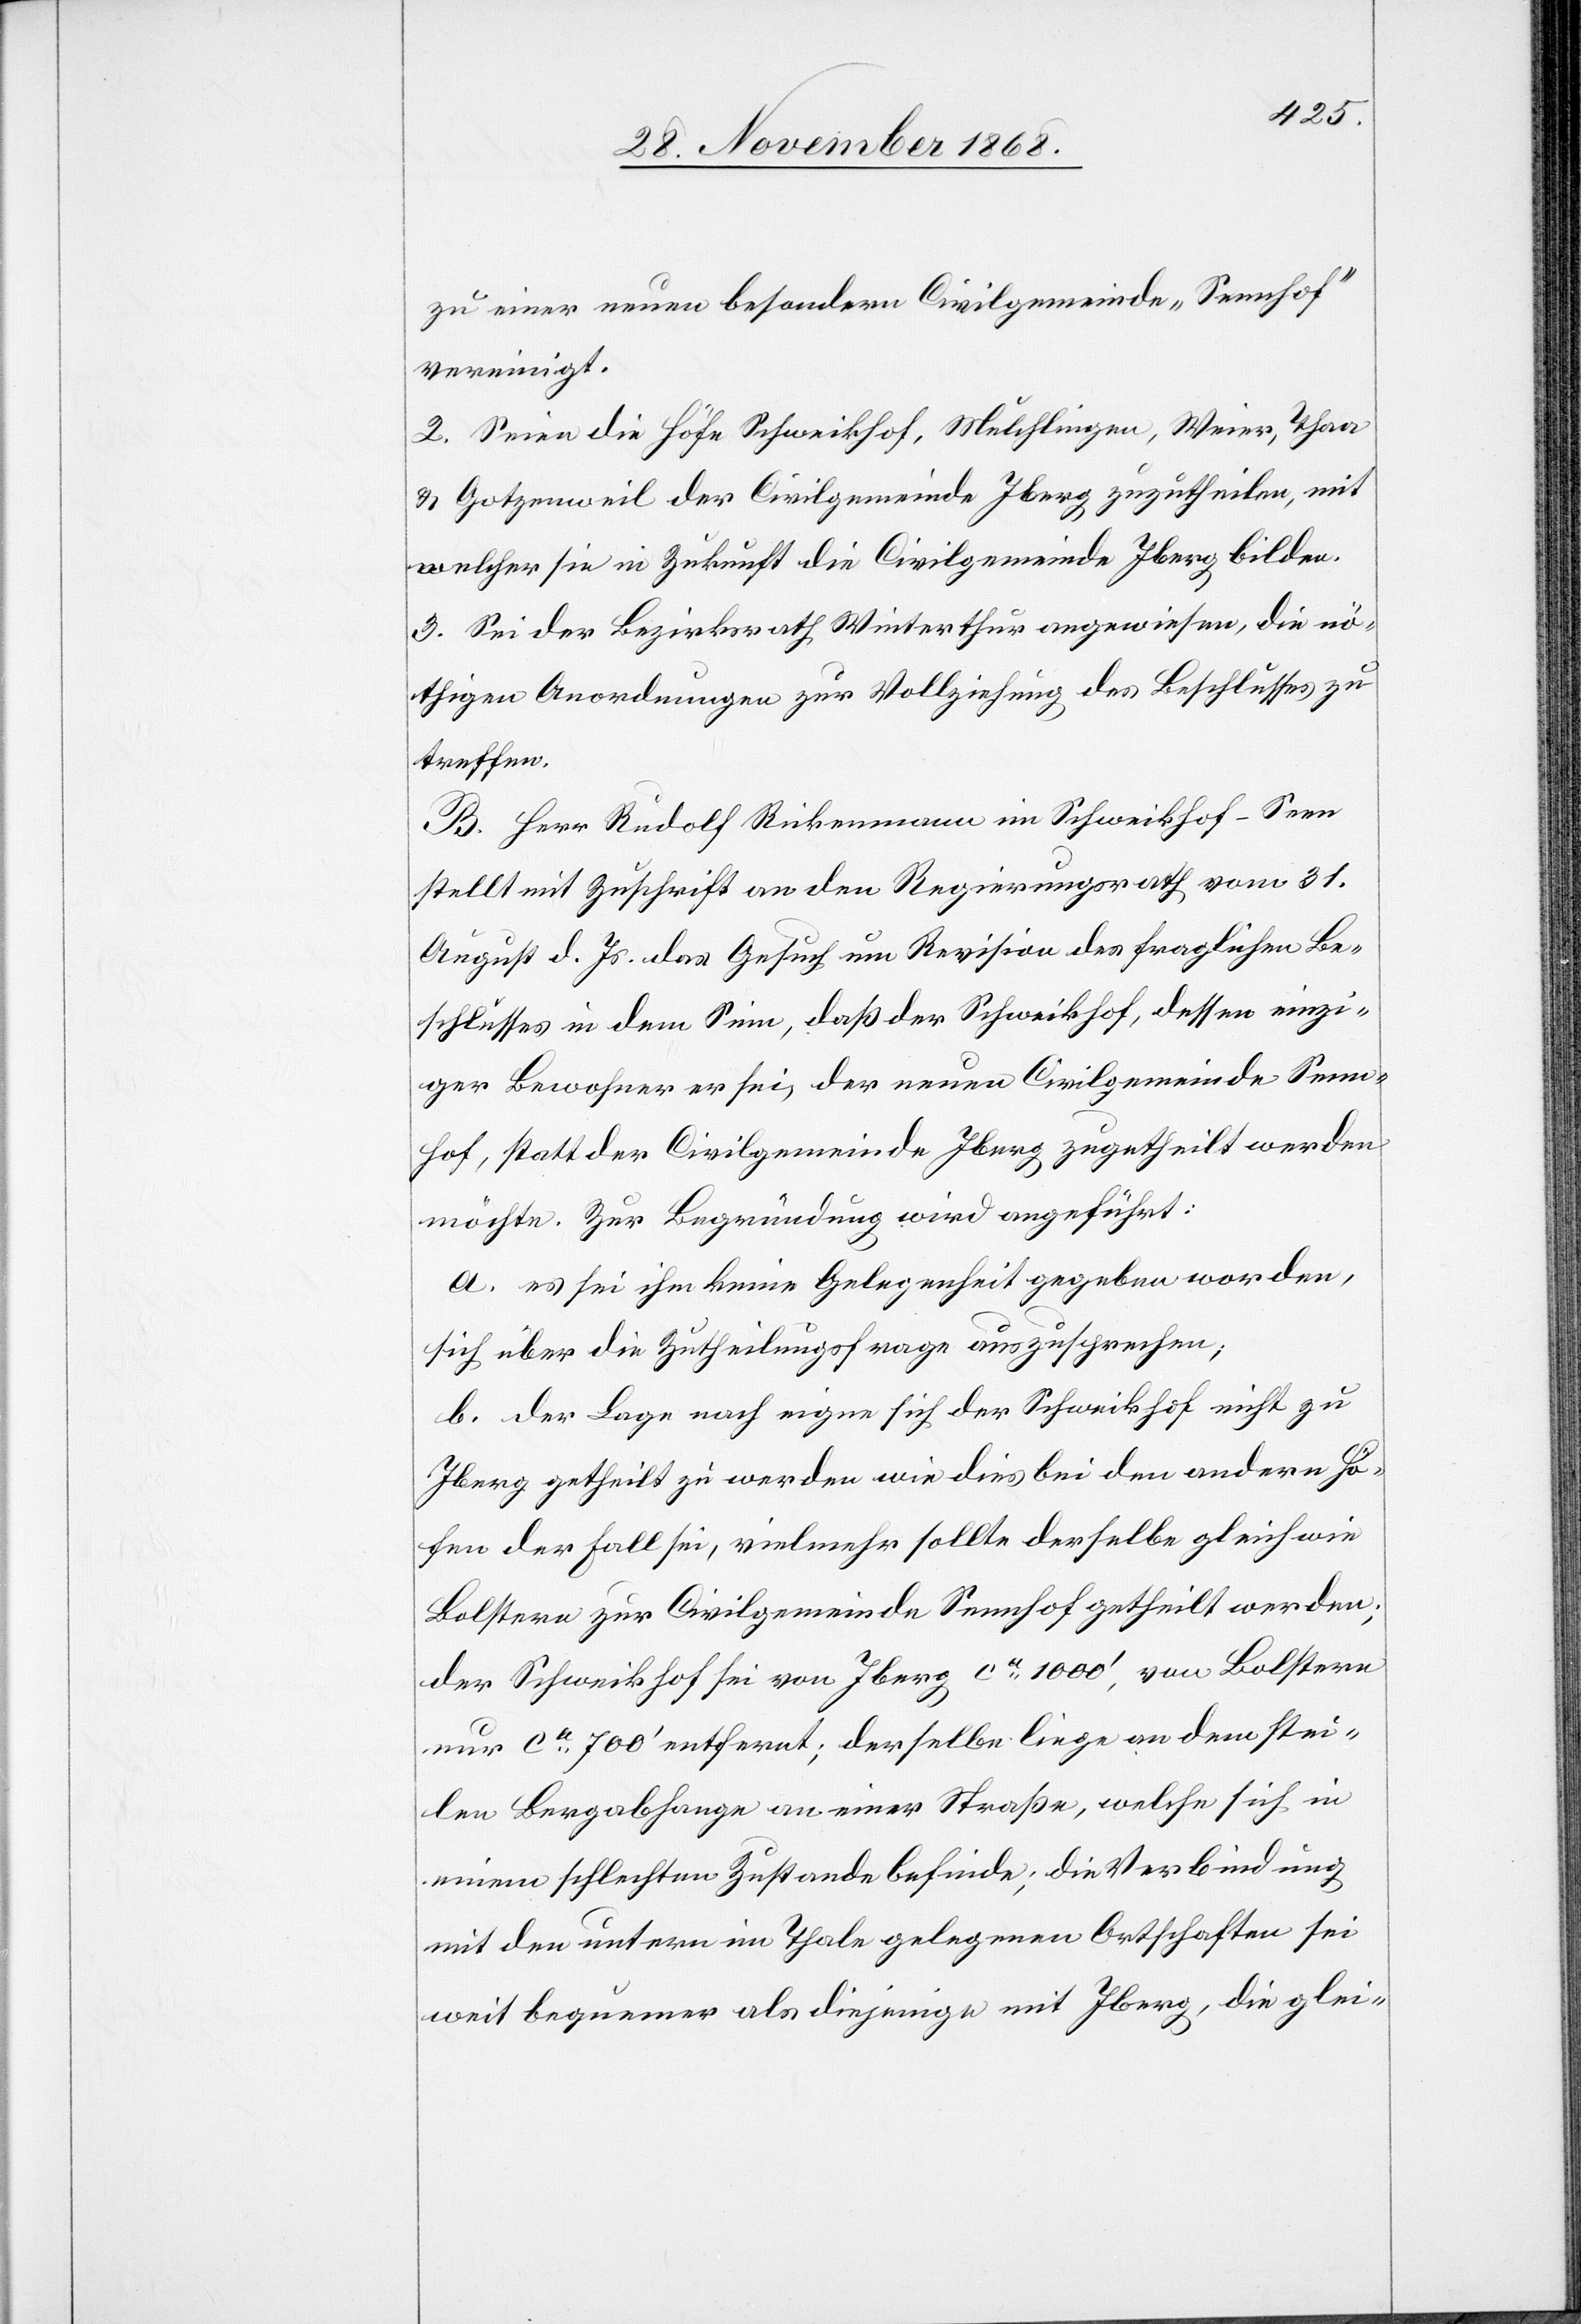
zu einer neuen besondern Civilgemeinde „Sennhof“
vereinigt.
2. Seien die Höfe Schweikhof, Mulchlingen, Weier, Thaa
& Gotzenweil der Civilgemeinde Iberg zuzutheilen, mit
welcher sie in Zukunft die Civilgemeinde Iberg bilden.
3. Sei der Bezirksrath Winterthur angewiesen, die nö¬
thigen Anordnungen zur Vollziehung des Beschlusses zu
treffen.
B. Herr Rudolf Rickenmann im Schweikhof - Seen
stellt mit Zuschrift an den Regierungsrath vom 31.
August d. Js. das Gesuch um Revision des fraglichen Be¬
schlusses in dem Sinn, daß der Schweikhof, dessen einzi¬
ger Bewohner er sei, der neuen Civilgemeinde Senn¬
hof, statt der Civilgemeinde Iberg zugetheilt werden
möchte. Zur Begründung wird angeführt:
a. es sei ihm keine Gelegenheit gegeben worden,
sich über die Zutheilungsfrage auszusprechen;
b. der Lage nach eigne sich der Schweikhof nicht zu
Iberg getheilt zu werden wie dies bei den andern Hö¬
fen der Fall sei, vielmehr sollte derselbe gleichwie
Bolstern zur Civilgemeinde Sennhof getheilt werden;
der Schweikhof sei von Iberg ca 1000‘, von Bolstern
nur ca 700‘ entfernt; derselbe liege an dem stei¬
len Bergabhange an einer Straße, welche sich in
einem schlechten Zustande befinde; die Verbindung
mit den untern im Thale gelegenen Ortschaften sei
weit bequemer als diejenige mit Iberg, die glei-